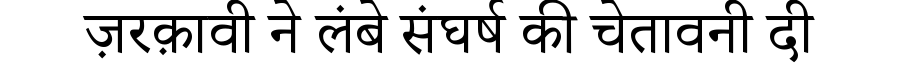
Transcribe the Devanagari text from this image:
ज़रक़ावी ने लंबे संघर्ष की चेतावनी दी